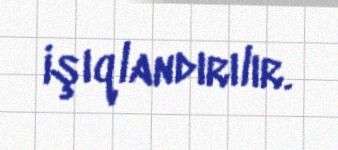
işıqlandırılır.